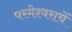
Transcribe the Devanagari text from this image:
परमेश्वराचें